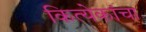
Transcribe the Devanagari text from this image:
कित्येकांचा